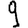
Digit: 9